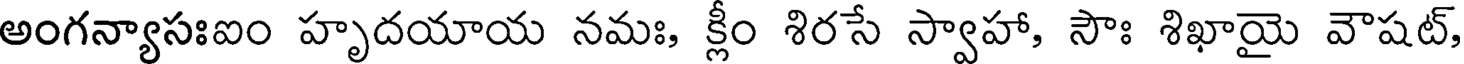
అంగన్యాసఃఐం హృదయాయ నమః, క్లీం శిరసే స్వాహా, సౌః శిఖాయై వౌషట్,